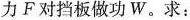
力F对挡板做功W。求：